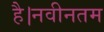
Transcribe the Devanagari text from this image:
है।नवीनतम